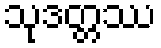
သုဒတ္တဿ